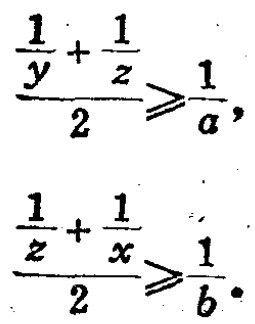
\[\frac{\frac{1}{y}+\frac{1}{z}}{2}\geqslant\frac{1}{a},\]

\[\frac{\frac{1}{z}+\frac{1}{x}}{2}\geqslant\frac{1}{b}.\]